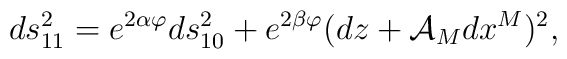
ds_{11}^2=e^{2\alpha\varphi}ds_{10}^2+e^{2\beta\varphi}(dz+            \mathcal{A}_M dx^M)^2,